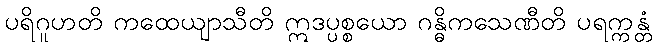
ပရိဂူဟတိ ကထေယျာသီတိ ဣဒပ္ပစ္စယော ဂန္ဓိကသေဏီတိ ပရက္ကန္တံ